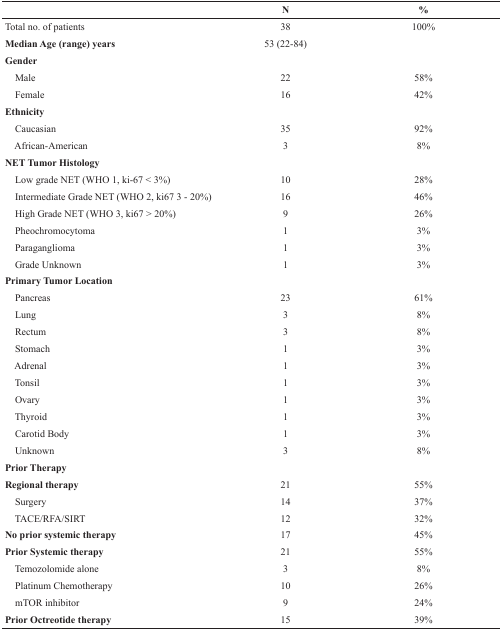
<table><thead><tr><td></td><td><b>N</b></td><td><b>%</b></td></tr></thead><tbody><tr><td>Total no. of patients</td><td>38</td><td>100%</td></tr><tr><td><b>Median Age (range) years</b></td><td>53 (22-84)</td><td></td></tr><tr><td><b>Gender</b></td><td></td><td></td></tr><tr><td> Male</td><td>22</td><td>58%</td></tr><tr><td> Female</td><td>16</td><td>42%</td></tr><tr><td><b>Ethnicity</b></td><td></td><td></td></tr><tr><td> Caucasian</td><td>35</td><td>92%</td></tr><tr><td> African-American</td><td>3</td><td>8%</td></tr><tr><td><b>NET Tumor Histology</b></td><td></td><td></td></tr><tr><td> Low grade NET (WHO 1, ki-67 &lt; 3%)</td><td>10</td><td>28%</td></tr><tr><td> Intermediate Grade NET (WHO 2, ki67 3 - 20%)</td><td>16</td><td>46%</td></tr><tr><td> High Grade NET (WHO 3, ki67 &gt; 20%)</td><td>9</td><td>26%</td></tr><tr><td> Pheochromocytoma</td><td>1</td><td>3%</td></tr><tr><td> Paraganglioma</td><td>1</td><td>3%</td></tr><tr><td> Grade Unknown</td><td>1</td><td>3%</td></tr><tr><td><b>Primary Tumor Location</b></td><td></td><td></td></tr><tr><td> Pancreas</td><td>23</td><td>61%</td></tr><tr><td> Lung</td><td>3</td><td>8%</td></tr><tr><td> Rectum</td><td>3</td><td>8%</td></tr><tr><td> Stomach</td><td>1</td><td>3%</td></tr><tr><td> Adrenal</td><td>1</td><td>3%</td></tr><tr><td> Tonsil</td><td>1</td><td>3%</td></tr><tr><td> Ovary</td><td>1</td><td>3%</td></tr><tr><td> Thyroid</td><td>1</td><td>3%</td></tr><tr><td> Carotid Body</td><td>1</td><td>3%</td></tr><tr><td> Unknown</td><td>3</td><td>8%</td></tr><tr><td><b>Prior Therapy</b></td><td></td><td></td></tr><tr><td><b>Regional therapy</b></td><td>21</td><td>55%</td></tr><tr><td> Surgery</td><td>14</td><td>37%</td></tr><tr><td> TACE/RFA/SIRT</td><td>12</td><td>32%</td></tr><tr><td><b>No prior systemic therapy</b></td><td>17</td><td>45%</td></tr><tr><td><b>Prior Systemic therapy</b></td><td>21</td><td>55%</td></tr><tr><td> Temozolomide alone</td><td>3</td><td>8%</td></tr><tr><td> Platinum Chemotherapy</td><td>10</td><td>26%</td></tr><tr><td> mTOR inhibitor</td><td>9</td><td>24%</td></tr><tr><td><b>Prior Octreotide therapy</b></td><td>15</td><td>39%</td></tr></tbody></table>